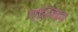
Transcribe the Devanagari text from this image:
एल्विव